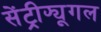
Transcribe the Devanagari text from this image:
सेंट्रीफ्यूगल